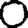
Digit: 0